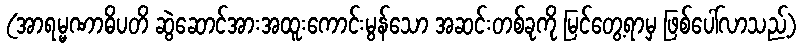
(အာရမ္မဏာဓိပတိ ဆွဲဆောင်အားအထူးကောင်းမွန်သော အဆင်းတစ်ခုကို မြင်တွေ့ရာမှ ဖြစ်ပေါ်လာသည့်)